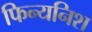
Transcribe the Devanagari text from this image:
फिन्यनिश